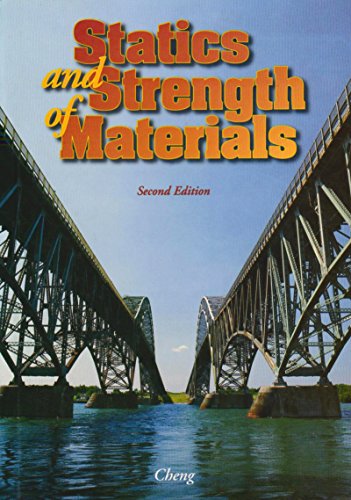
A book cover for Statics and Strength of Materials; Fa-Hwa Cheng; Science & Math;